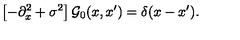
\left[ - \partial _ { x } ^ { 2 } + \sigma ^ { 2 } \right] { \cal G } _ { 0 } ( x , x ^ { \prime } ) = \delta ( x - x ^ { \prime } ) .